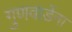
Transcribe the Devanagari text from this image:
गुणवार्डेना